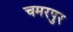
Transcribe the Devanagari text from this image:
चमरपुर